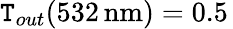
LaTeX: \mathtt{T}_{out}(532\, \mathrm{{nm}})=0.5\,